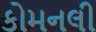
કોમનલી